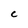
Character: C